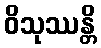
ဝိသုဿန္တိ